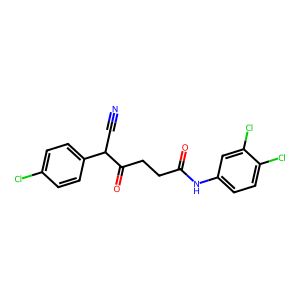
SMILES: N#CC(C(=O)CCC(=O)Nc1ccc(Cl)c(Cl)c1)c1ccc(Cl)cc1
Inhibits HIV replication: No